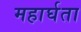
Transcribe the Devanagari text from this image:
महार्घता